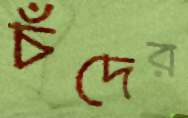
চঁদের